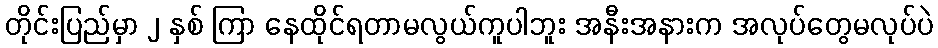
တိုင်းပြည်မှာ ၂ နှစ် ကြာ နေထိုင်ရတာမလွယ်ကူပါဘူး အနီးအနားက အလုပ်တွေမလုပ်ပဲ